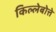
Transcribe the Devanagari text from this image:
किल्लेबोत्ते